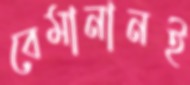
বেমানানই